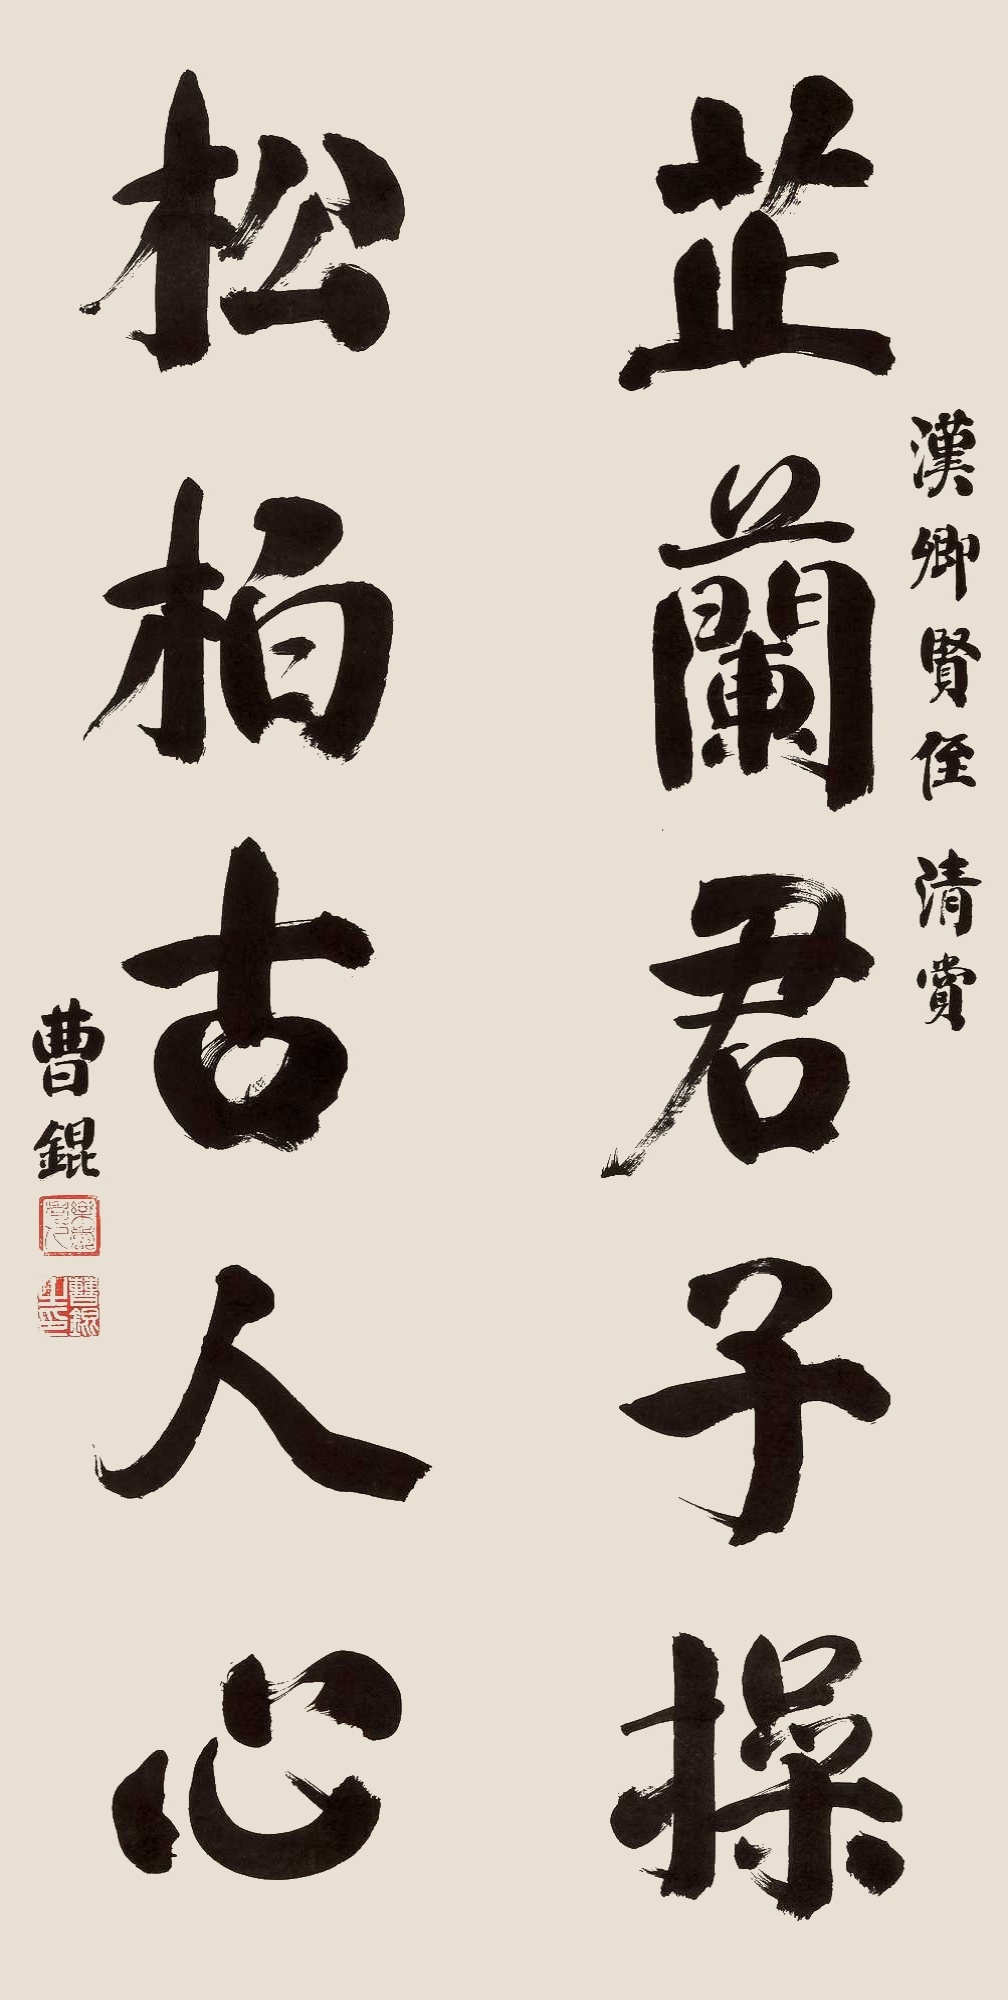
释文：芷兰君子操，松柏古人心。汉卿贤侄清赏，曹锟。